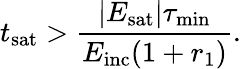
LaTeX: t_{\mathrm{sat}}>\frac{|E_{\mathrm{sat}}|\tau_{\mathrm{min}}}{E_{\mathrm{inc}}(1+r_{1})}.